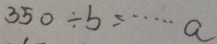
3 5 0 \div b = \cdots a